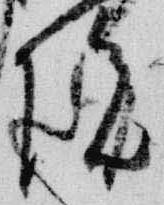
院